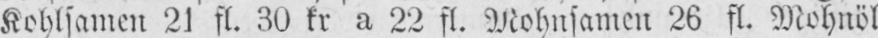
Kohlsamen 21 fl. 30 kr a 22 fl. Mohnsamen 26 fl. Mohnöl